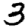
Digit: 3